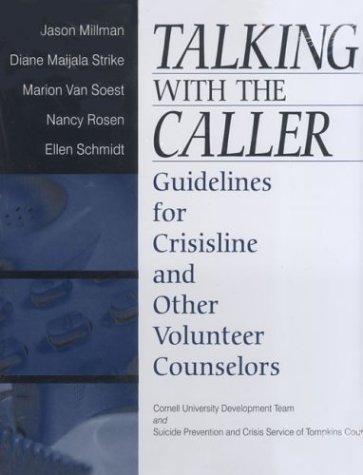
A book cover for Talking with the Caller: Guidelines for Crisisline and Other Volunteer Counselors; n/e Cornell University Development Team; Business & Money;